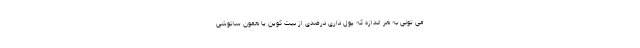
می تونی به هر اندازه که پول داری درصدی از بیت کوین یا همون ساتوشی